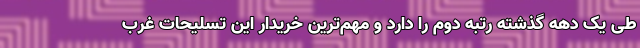
طی یک دهه گذشته رتبه دوم را دارد و مهم‌ترین خریدار این تسلیحات غرب